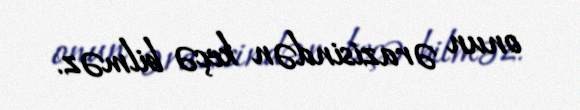
onun ərazisindən keçə bilməz.